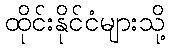
ထိုင်းနိုင်ငံများသို့